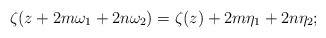
\begin{align*}\zeta(z+2m\omega_{1}+2n\omega_{2})=\zeta(z)+2m\eta_{1}+2n\eta_{2};\end{align*}